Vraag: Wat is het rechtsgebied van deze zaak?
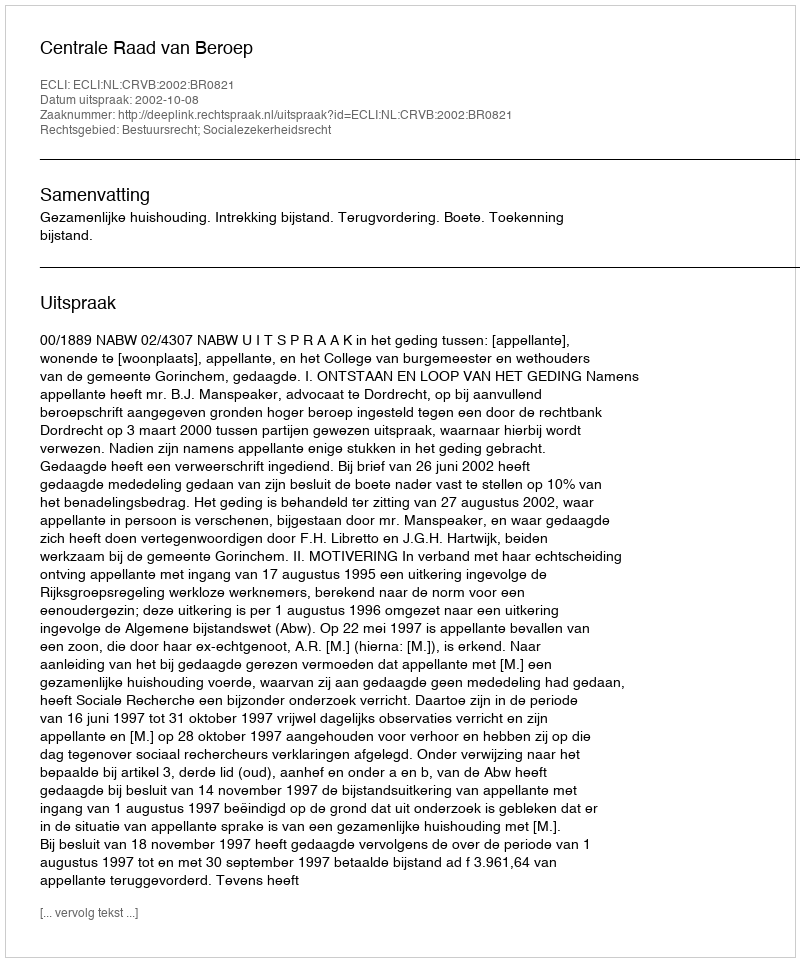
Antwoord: Bestuursrecht; Socialezekerheidsrecht